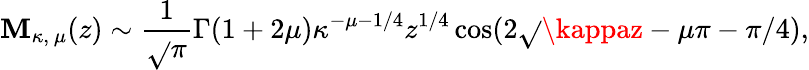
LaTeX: \mathbf{M}_{\kappa,\ \mu}(z)\sim{\frac{{1}}{{\sqrt{}{{\pi}}}}}\Gamma(1+2\mu)\kappa^{-\mu-1/4}z^{1/4}\cos(2\sqrt{}{{\kappaz}}-\mu\pi-\pi/4),